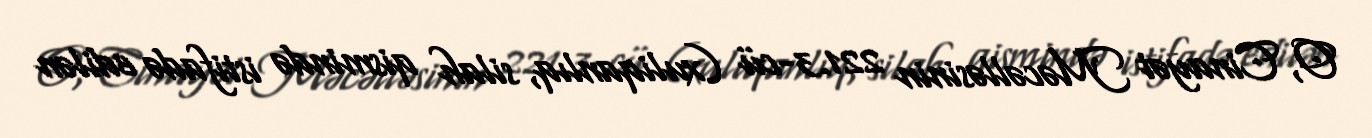
O, Cinayət Məcəlləsinin 221.3-cü (xuliqanlıq, silah qismində istifadə edilən